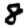
Digit: 8